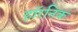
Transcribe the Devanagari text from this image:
हॉरनिक